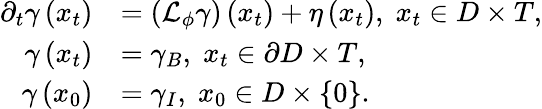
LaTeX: \begin{array}{rl}{\partial_{t}\gamma\left(x_{t}\right)}&{=\left(\mathcal{L}_{\phi}\gamma\right)\left(x_{t}\right)+\eta\left(x_{t}\right),\; x_{t}\in D\times T,}\\ {\gamma\left(x_{t}\right)}&{=\gamma_{B},\; x_{t}\in\partial D\times T,}\\ {\gamma\left(x_{0}\right)}&{=\gamma_{I},\; x_{0}\in D\times\{ 0\} .}\end{array}